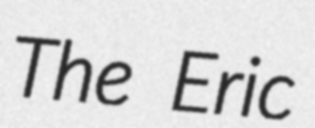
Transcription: The Eric